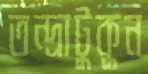
তন্দ্রাটুকুন